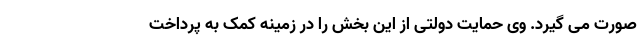
صورت می گیرد. وی حمایت دولتی از این بخش را در زمینه کمک به پرداخت